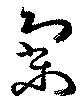
寥